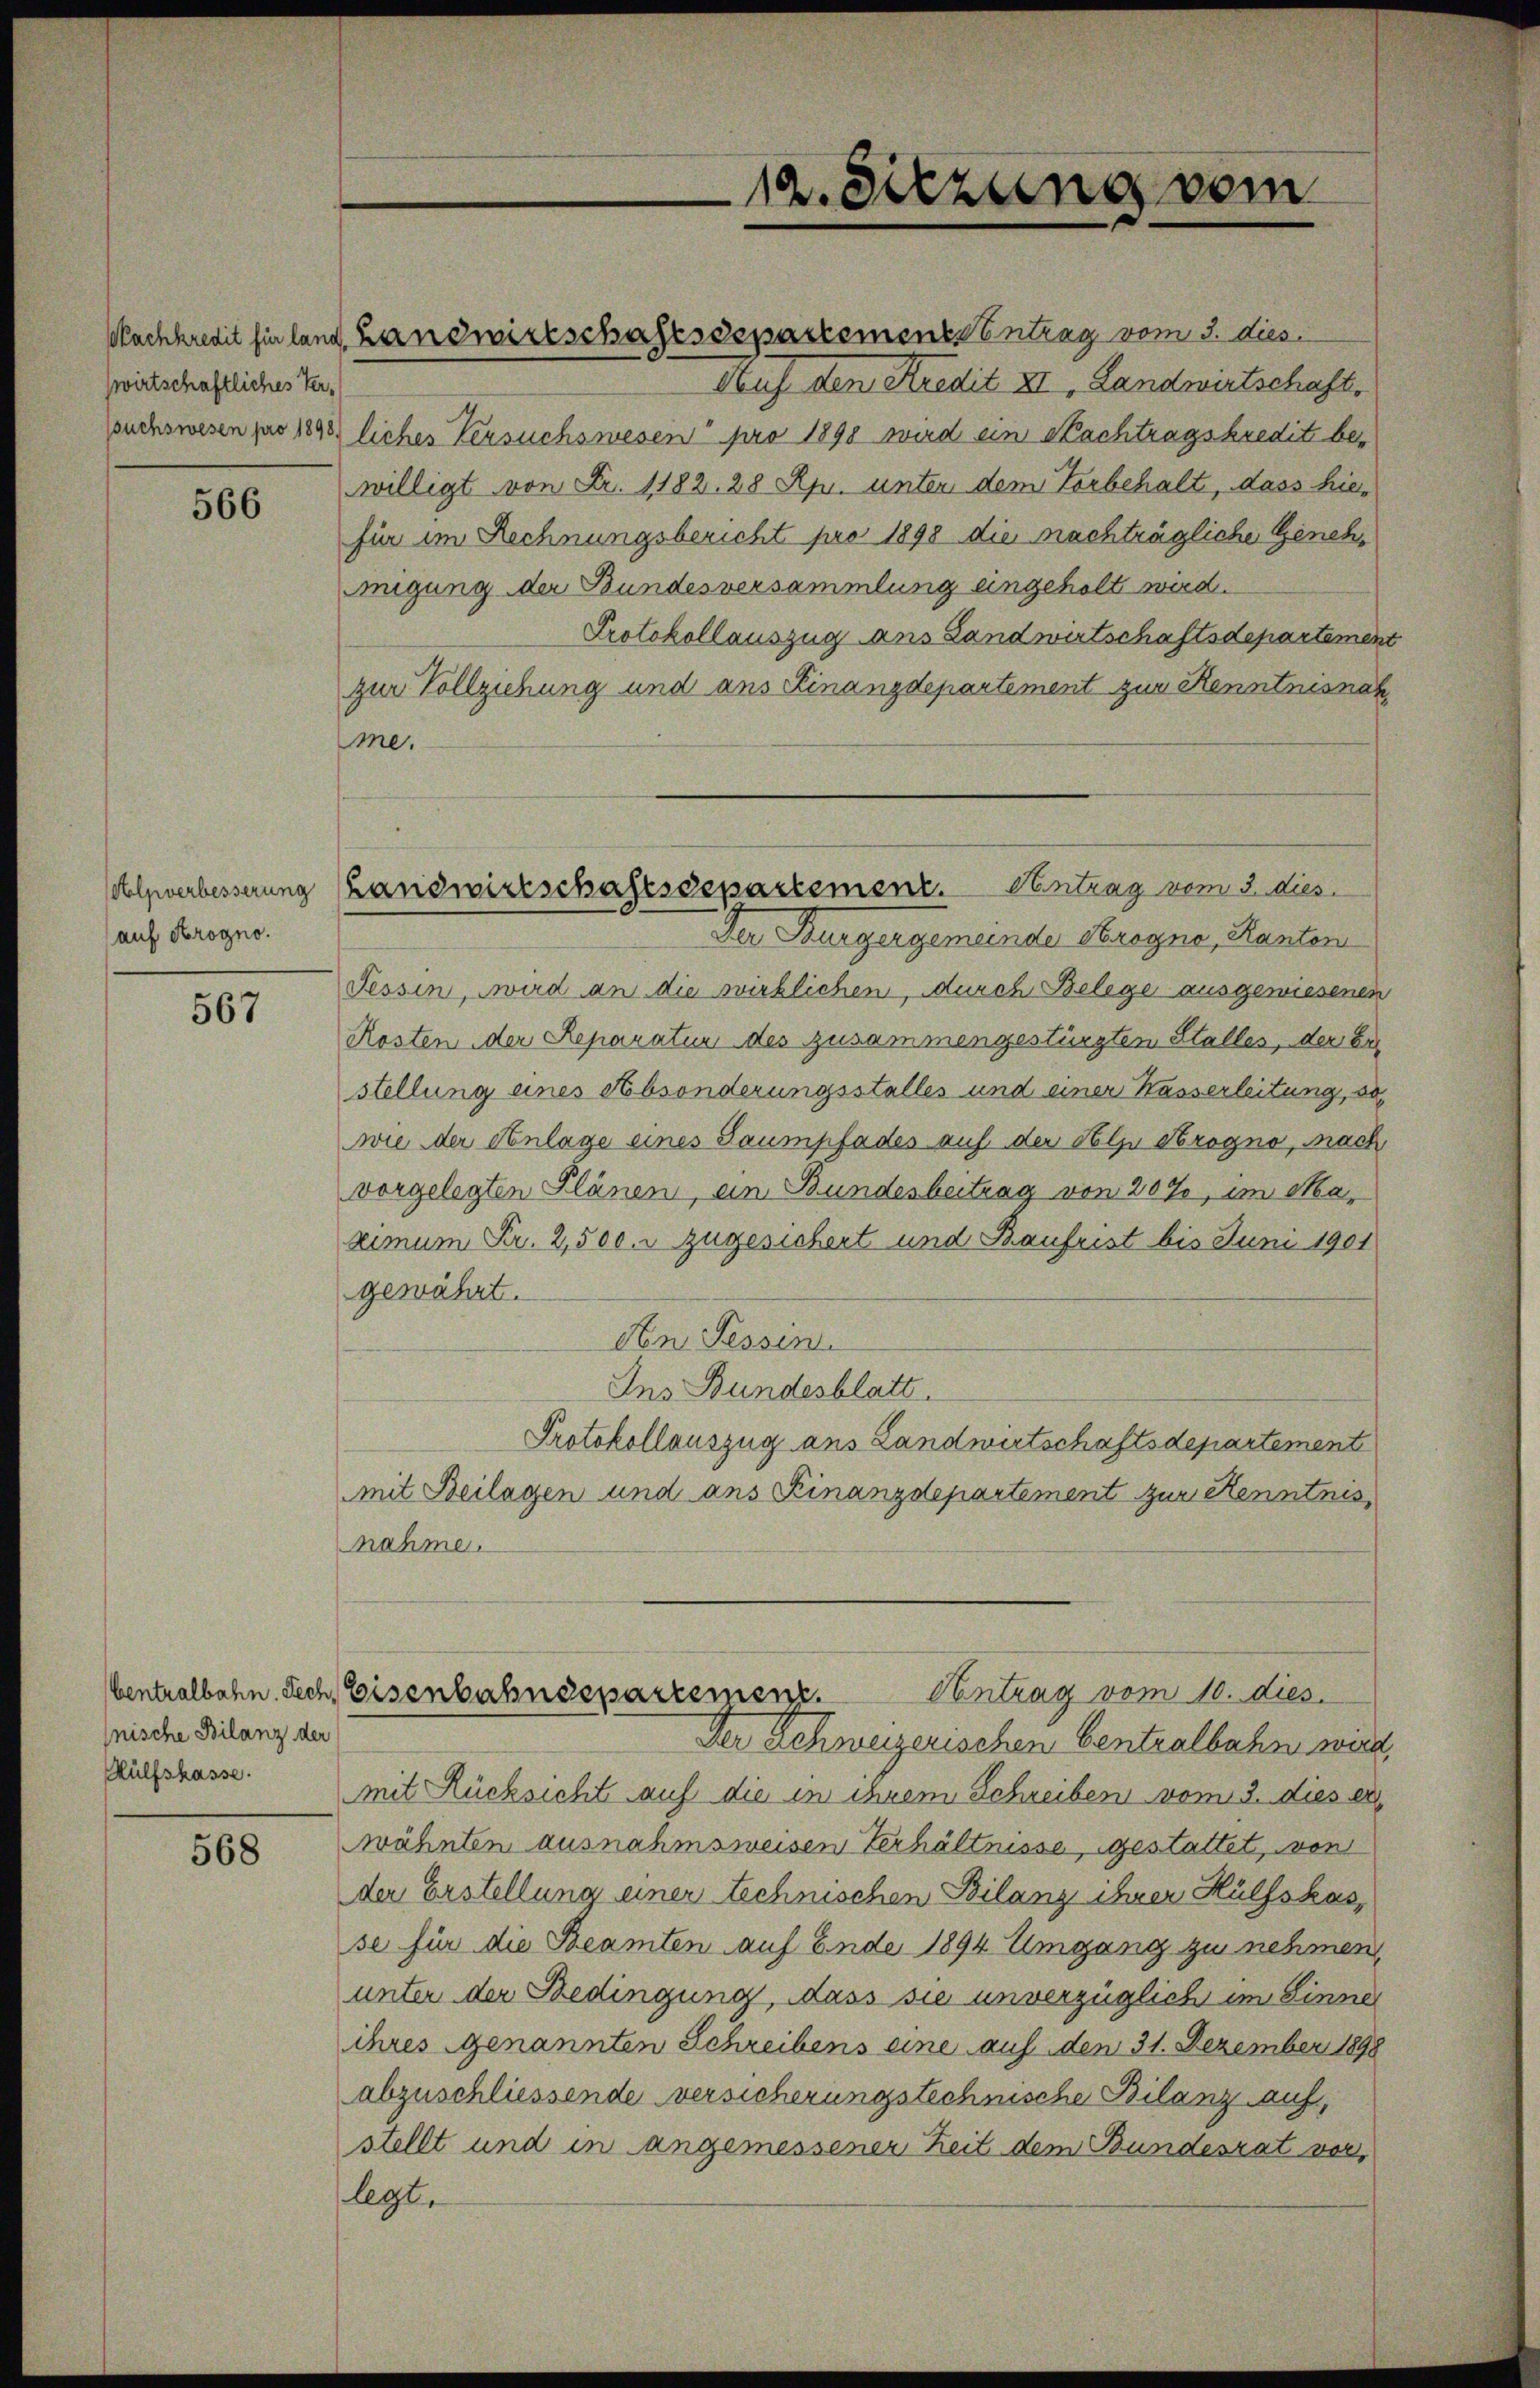
wirtschaftliches Ver¬

566

Alpverbesserung
(auf Srogno.

567

nische Bilanz der
Hülfskasse.

568

Auf den Kredit XI. Landwirtschaft,
puchswesen pro 1848 liches Versuchswesen pro 1898 wird ein Nachtragskredit bewilligt von Fr. 1182. 28 Rp. unter dem Vorbehalt, dass hiefür im Rechnungsbericht pro 1898 die nachträgliche Genehnigung der Bundesversammlung eingeholt wird.
Protokollauszug ans Landwirtschaftsdepartement
zur Vollziehung und ans Finanzdepartement zur Kenntnisnah
me.
Der Burgergemeinde Kragne, Kanton
Tessin, wird an die wirklichen, durch Belege ausgewiesenen
Kosten der Reparatur des zusammengestürzten Stalles, der Err
stellung eines Absonderungsstelles und einer Kasserleitung, so
wie der Anlage eines Saumpfades auf der Holze Brogno, nach
vorgelegten Plänen, ein Bundesbeitrag von 20%, im Maximum Fr. 2,500. zugesichert und Baufrist bis Juni 1901
gewährt.
Den Tessin.
Ins Bundesblatt.
Protokollauszug aus Landwirtschaftsdepartement
mit Beilagen und ans Finanzdepartement zur Kenntnis,
nahme.
Ventralbahn. Dech, Eisenbahndepartemenz. Antrag vom 10. dies
Der Schweizerischen Centralbahn wird,
mit Rücksicht auf die in ihrem Schreiben vom 3. dies er
wähnten ausnahmsweisen Verhältnisse, gestattet, von
der Erstellung einer technischen Bilanz ihrer Hülfskasse für die Beamten auf Ende 1894 Umgang zu nehmen,
unter der Bedingung, dass sie unverzüglich im Sinner
ihres genannten Schreibens eine auf den 31. Dezember 1898
abzuschliessende versicherungstechnische Bilanz auf,
stellt und in angemessener Zeit dem Bundesrat vor,
legt.

Nachkredit für land Landwirtschaftssepartement entrag vom 3. dies

Landwirtschaftsdepartement. Antrag vom 3. dies

12. Sitzung vom